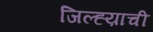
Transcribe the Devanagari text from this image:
जिल्ह्य़ाची